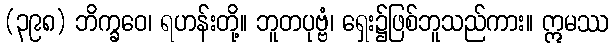
(၃၉၈) ဘိက္ခဝေ၊ ရဟန်းတို့။ ဘူတပုဗ္ဗံ၊ ရှေး၌ဖြစ်ဘူသည်ကား။ ဣမဿ